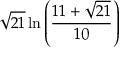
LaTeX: { \sqrt { 2 1 } } \ln \left( { \frac { 1 1 + { \sqrt { 2 1 } } } { 1 0 } } \right)